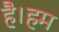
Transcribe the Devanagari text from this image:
है।हम